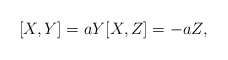
\begin{align*} [X,Y] = aY [X,Z] = -aZ,\end{align*}